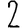
Digit: 2